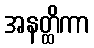
အနတ္ထိကာ